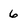
Character: 6